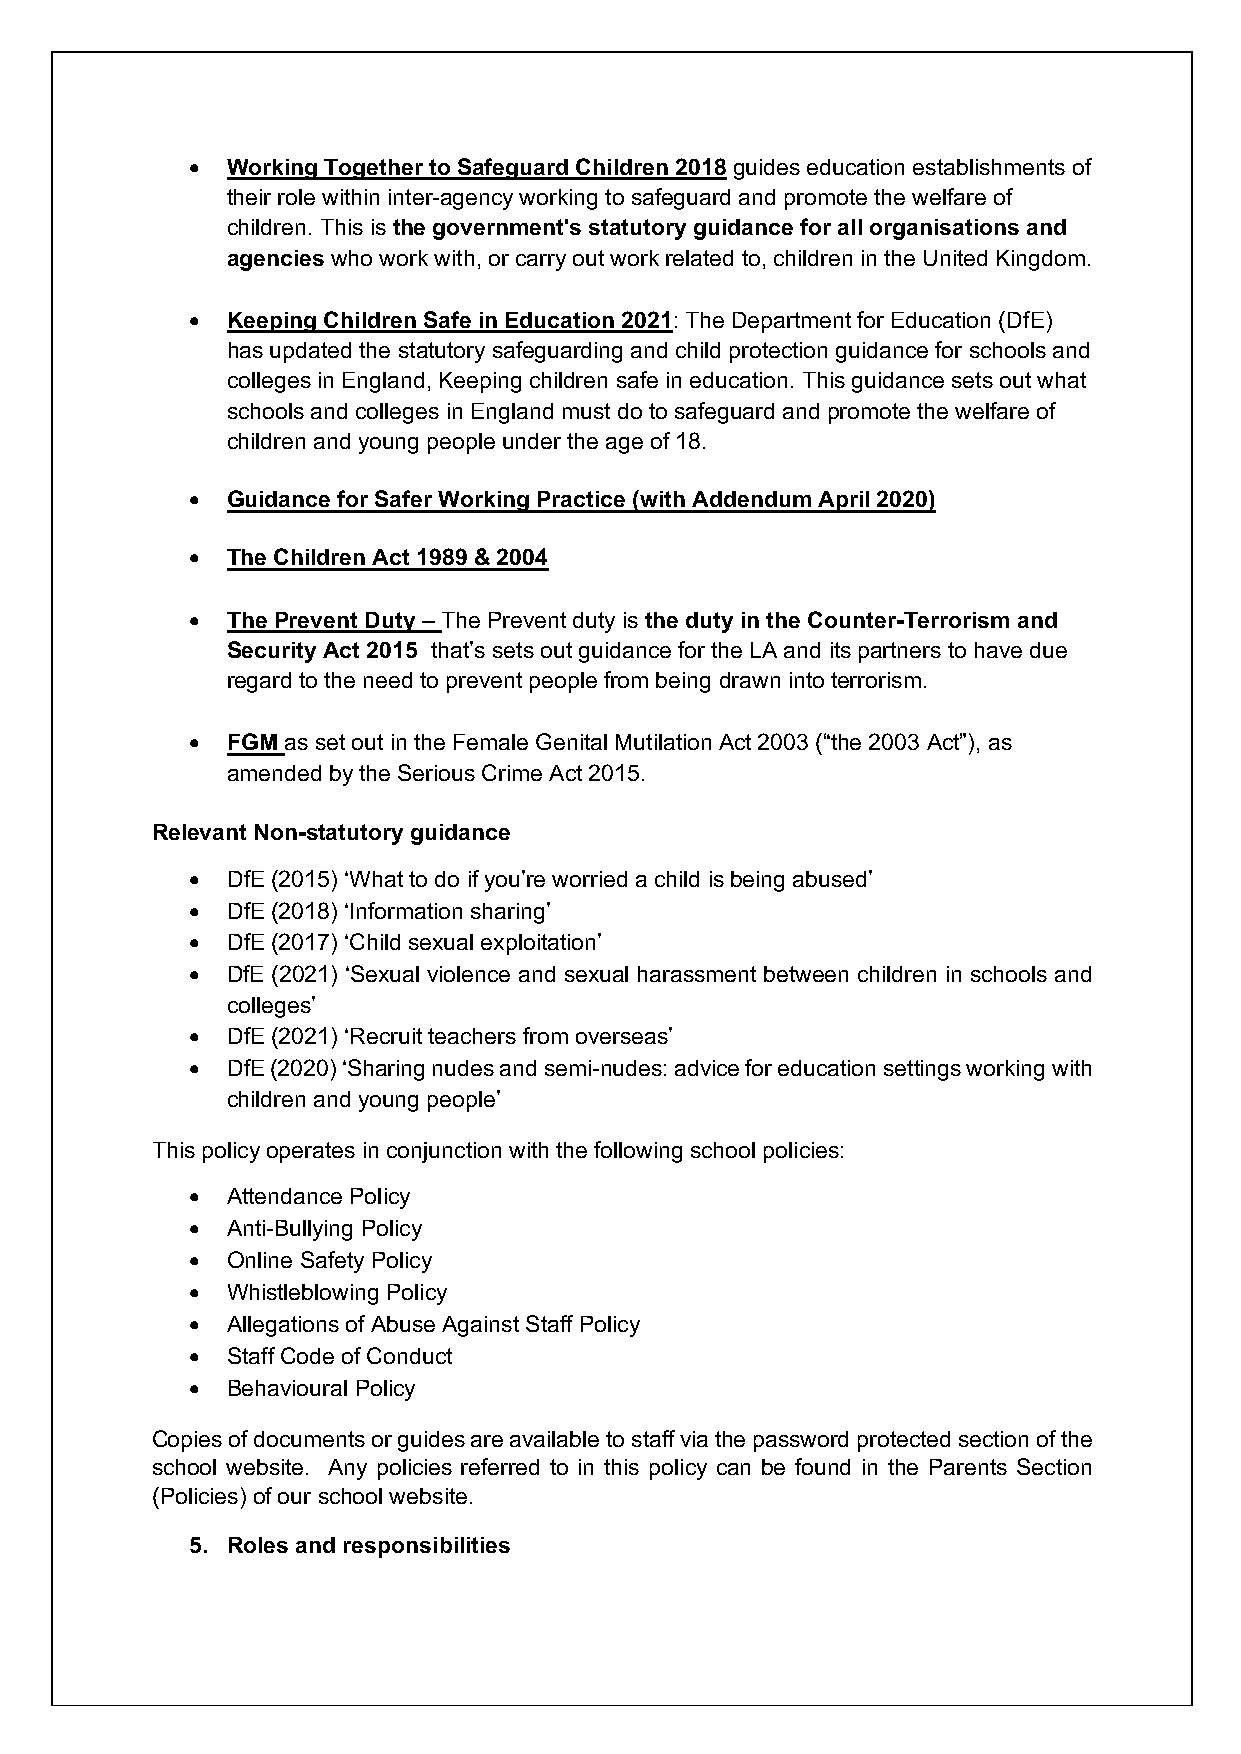
• Working Together to Safeguard Children 2018 guides education establishments of
 their role within inter-agency working to safeguard and promote the welfare of
 children. This is the government's statutory guidance for all organisations and
 agencies who work with, or carry out work related to, children in the United Kingdom.
 • Keeping Children Safe in Education 2021: The Department for Education (DfE)
 has updated the statutory safeguarding and child protection guidance for schools and
 colleges in England, Keeping children safe in education. This guidance sets out what
 schools and colleges in England must do to safeguard and promote the welfare of
 children and young people under the age of 18.
 • Guidance for Safer Working Practice (with Addendum April 2020)
 • The Children Act 1989 & 2004
 • The Prevent Duty – The Prevent duty is the duty in the Counter-Terrorism and
 Security Act 2015 that’s sets out guidance for the LA and its partners to have due
 regard to the need to prevent people from being drawn into terrorism.
 • FGM as set out in the Female Genital Mutilation Act 2003 (“the 2003 Act”), as
 amended by the Serious Crime Act 2015.
 Relevant Non-statutory guidance
 • DfE (2015) ‘What to do if you’re worried a child is being abused’
 • DfE (2018) ‘Information sharing’
 • DfE (2017) ‘Child sexual exploitation’
 • DfE (2021) ‘Sexual violence and sexual harassment between children in schools and
 colleges’
 • DfE (2021) ‘Recruit teachers from overseas’
 • DfE (2020) ‘Sharing nudes and semi-nudes: advice for education settings working with
 children and young people’
 This policy operates in conjunction with the following school policies:
 • Attendance Policy
 • Anti-Bullying Policy
 • Online Safety Policy
 • Whistleblowing Policy
 • Allegations of Abuse Against Staff Policy
 • Staff Code of Conduct
 • Behavioural Policy
 Copies of documents or guides are available to staff via the password protected section of the
 school website. Any policies referred to in this policy can be found in the Parents Section
 (Policies) of our school website.
 5. Roles and responsibilities